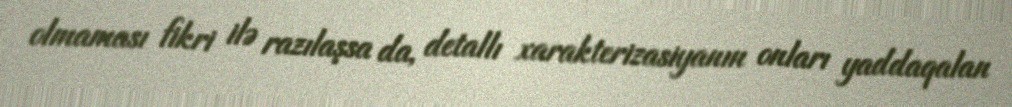
olmaması fikri ilə razılaşsa da, detallı xarakterizasiyanın onları yaddaqalan